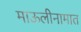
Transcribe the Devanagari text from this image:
माऊलीनामात